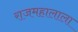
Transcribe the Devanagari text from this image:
राजमहालाला